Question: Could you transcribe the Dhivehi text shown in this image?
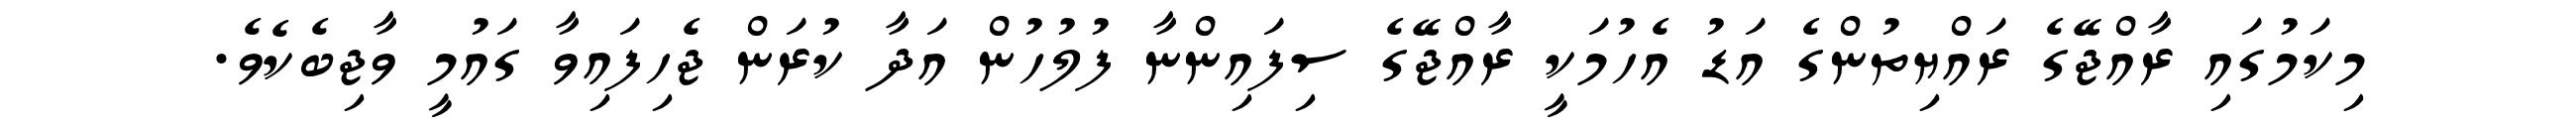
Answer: މިކަމުގައި ރާއްޖޭގެ ރައްޔިތުންގެ އަޑު އެހުމަކީ ރާއްޖޭގެ ސިފައިންނާ ފުލުހުން އަދާ ކުރަން ޖެހިފައިވާ ގައުމީ ވާޖިބެކެވެ.